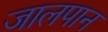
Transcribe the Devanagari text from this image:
जालपान